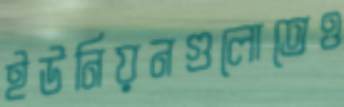
ইউনিয়নগুলোতেও